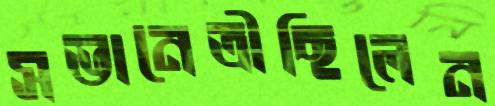
সভানেত্রীছিলেন